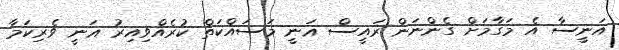
އަނީސާ އެ މަގާމަށް ގެންނަން ރައީސް ޣަނީ މަސައްކަތް ކުރެއްވިއިރު ޣަނީ ވެރިކަމާ